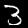
Digit: 3